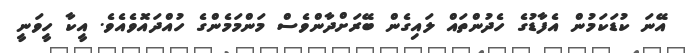
އޭނަ ކުޑަކަމުން އެފާޑުގެ ހެދުންތައް ލައިގެން ބޭރަށްދާންވެސް މަންމަމެންގެ ހުއްދައޮވެއެވެ. އީކާ ހީވަނީ